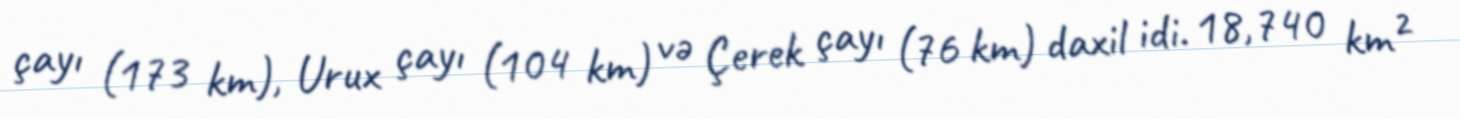
çayı (173 km), Urux çayı (104 km) və Çerek çayı (76 km) daxil idi. 18,740 km²